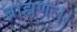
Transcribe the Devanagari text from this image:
ब्राह्मणः।।